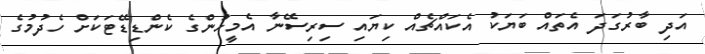
އަދި ބާރުގަދަ އެތައް ބަޔަކު އެކައްޗެއް ކިޔައި ސިރިސޭނާ އެމީހުންގެ ކެންޑިޑޭޓަކަށް ހެދުމުގެ